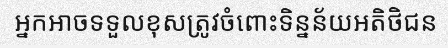
អ្នកអាចទទួលខុសត្រូវចំពោះទិន្នន័យអតិថិជន